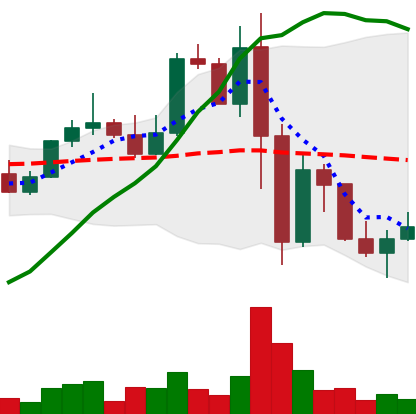
Ticker: LINK-USD
Chart end date: 2022-11-15
Forward return: -10.097%
Label: down_7plus